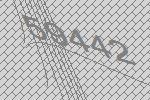
59442